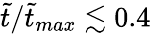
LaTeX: \tilde{t}/\tilde{t}_{max}\lesssim 0.4